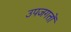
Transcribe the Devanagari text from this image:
उपजगतों